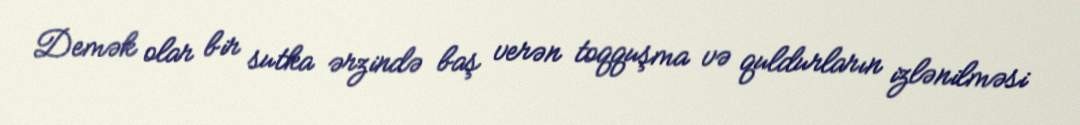
Demək olar bir sutka ərzində baş verən toqquşma və quldurların izlənilməsi